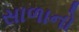
સાળાનો